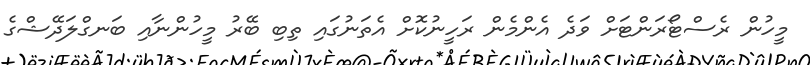
މީހުން ރެސްޓޯރަންޓަށް ވަދެ އެންމެން ރަހީނުކޮށް އެތަނުގައި ތިބި ބޭރު މީހުންނާއި ބަނގްލަދޭޝްގެ